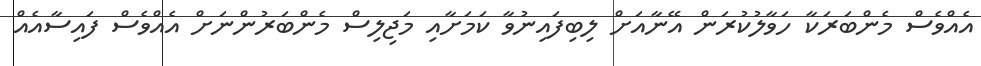
އެއްވެސް މެންބަރަކާ ހަވާލުކުރަން އޭނާއަށް ލިބިފައިނުވާ ކަމަށާއި މަޖިލިސް މެންބަރުންނަށް އެއްވެސް ފައިސާއެއް